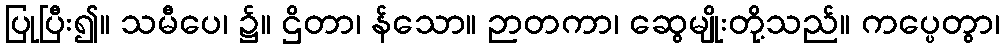
ပြုပြီး၍။ သမီပေ၊ ၌။ ဌိတာ၊ န်သော။ ဉာတကာ၊ ဆွေမျိုးတို့သည်။ ကပ္ပေတွာ၊